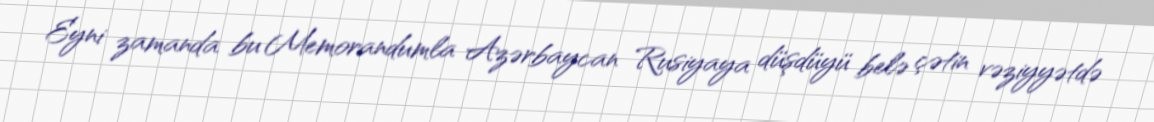
Eyni zamanda bu Memorandumla Azərbaycan Rusiyaya düşdüyü belə çətin vəziyyətdə